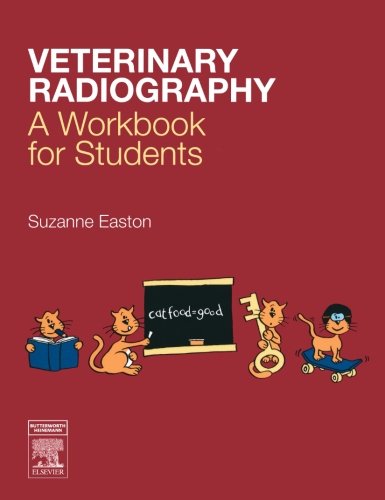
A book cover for Veterinary Radiography: A Workbook for Students, 1e; Suzanne Easton MSc  BSc; Medical Books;